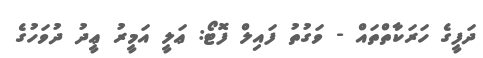
ދަފީގެ ހަރަކާތްތައް - ވަގުތު ފައިލް ފޮޓޯ: ޢަލީ އަމީރު ޢީދު ދުވަހުގެ